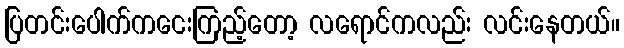
ပြတင်းပေါက်ကငေးကြည့်တော့ လရောင်ကလည်း လင်းနေတယ်။